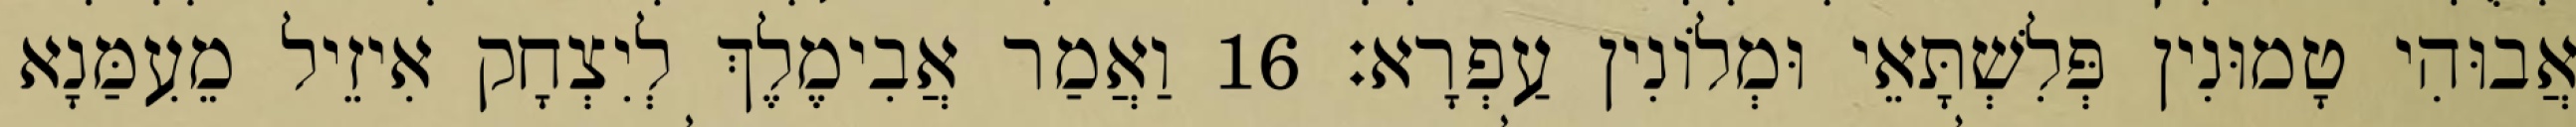
אֲבוּהִי טָמוּנִין פְּלִשְׁתָּאֵי וּמְלוֹנִין עַפְרָא׃ 16 וַאֲמַר אֲבִימֶלֶךְ לְיִצְחָק אִיזֵיל מֵעִמַּנָא